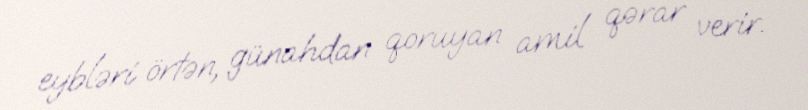
eybləri örtən, günahdan qoruyan amil qərar verir.